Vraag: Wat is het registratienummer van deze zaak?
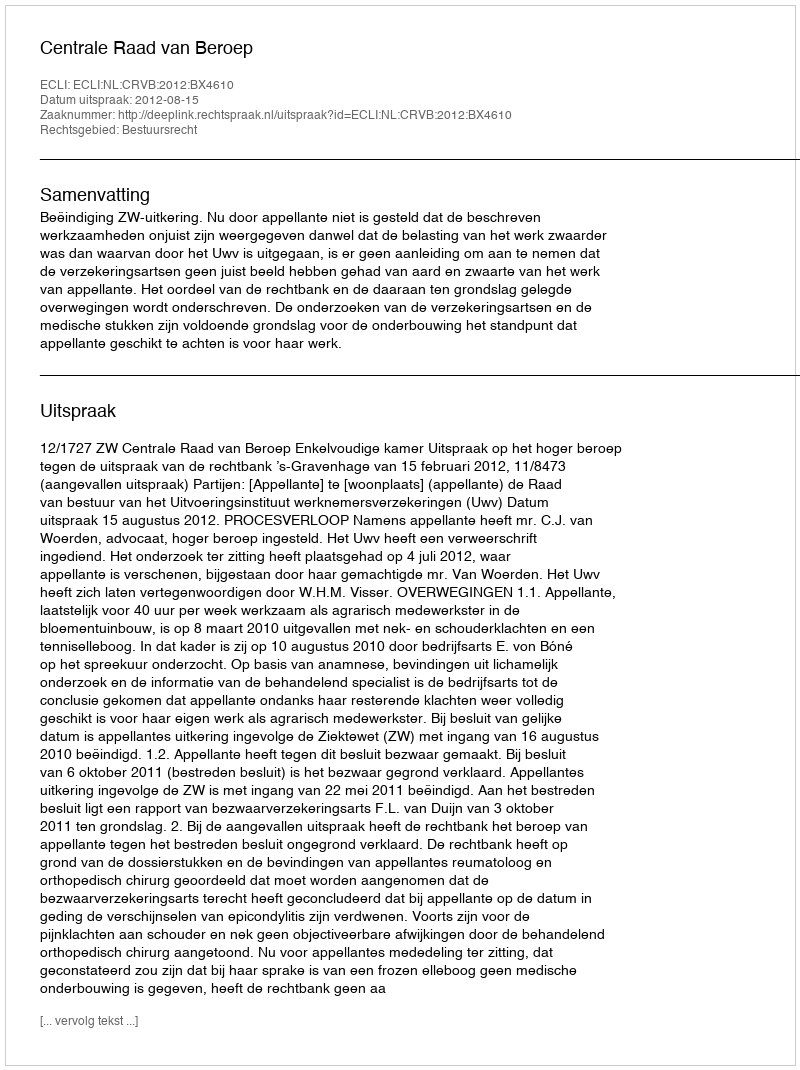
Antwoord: http://deeplink.rechtspraak.nl/uitspraak?id=ECLI:NL:CRVB:2012:BX4610